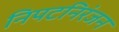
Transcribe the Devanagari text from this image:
निपटनिरंजन